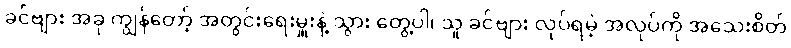
ခင်ဗျား အခု ကျွန်တော့် အတွင်းရေးမှူးနဲ့ သွား တွေ့ပါ၊ သူ ခင်ဗျား လုပ်ရမဲ့ အလုပ်ကို အသေးစိတ်